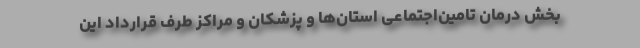
بخش درمان تامین‌اجتماعی استان‌ها و پزشکان و مراکز طرف قرارداد این